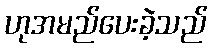
ဟုအမည်ပေးခဲ့သည်